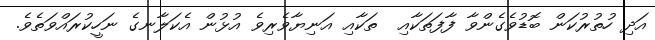
އަދި ހުތުރުކަން ބޮޑުވެގެންވާ ފާފަތަކާއި  ތަކާއި އަނިޔާވެރިވެ އުޅުން އެކަލާނގެ ނަހީކުރައްވަތެވެ.